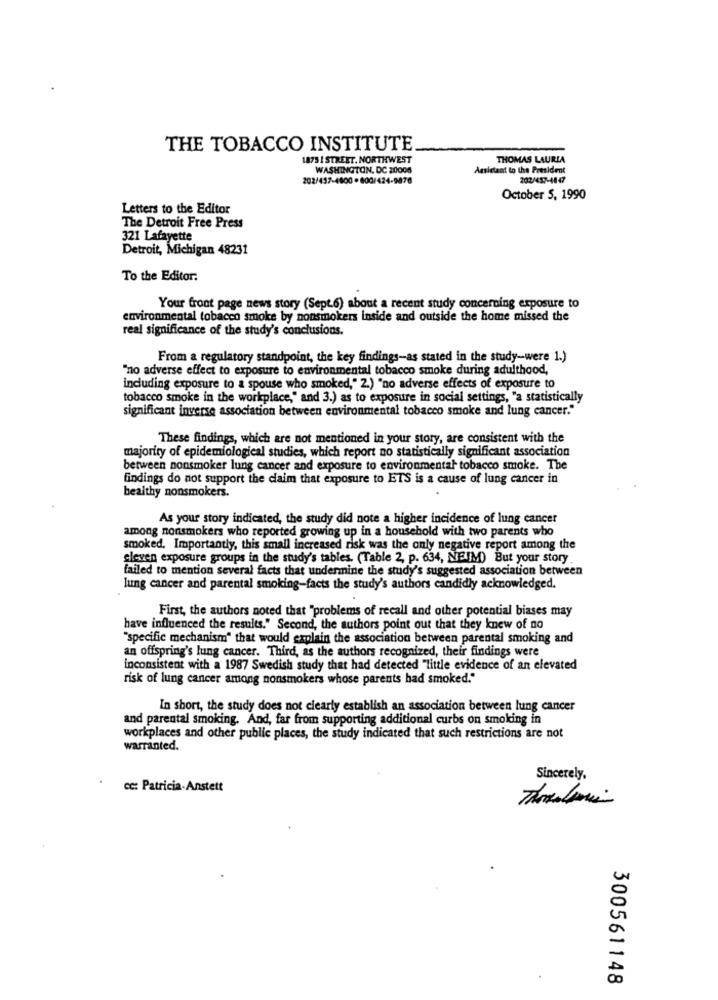
THE TOBACCO INSTITUTE
1873 1 STREET. NORTHWEST
THOMAS LAURIA
WASHINGTON, DC 20006
Amiciant to the President
202/437-4800-800/424-9876
202/457-4847
October S. 1990
Letters to the Editor
The Detroit Free Press
321 Lafayette
Detroit, Michigan 48231
To the Editor.
Your front page news story (Sept.6) about a recent study concerning exposure to
environmental tobacco smoke by nonsmokers inside and outside the home missed the
real significance of the study's conclusions.
From a regulatory standpoint, the key findings-as stated in the study-were 1.)
"no adverse effect to exposure to environmental tobacco smoke during adulthood,
including exposure to a spouse who smoked," 2.) "no adverse effects of exposure to
tobacco smoke in the workplace," and 3.) as to exposure in social settings, "a statistically
significant inverse association between environmental tobacco smoke and lung cancer."
These findings, which are not mentioned in your story, are consistent with the
majority of epidemiological studies, which report no statistically significant association
between nonsmoker lung cancer and exposure to environmental tobacco smoke. The
findings do not support the claim that exposure to ETS is a cause of lung cancer in
healthy nonsmokers.
As your story indicated, the study did note a higher incidence of lung cancer
among nonsmokers who reported growing up in a household with two parents who
smoked. Importantly, this small increased risk was the only negative report among the
cleven exposure groups in the study's tables. (Table 2, p. 634, NEIM) But your story
failed to mention several facts that undermine the study's suggested association between
lung cancer and parental smoking-facts the study's authors candidly acknowledged.
First, the authors noted that "problems of recall and other potential biases may
have influenced the results." Second, the authors point out that they knew of no
"specific mechanism" that would explain the association between parental smoking and
an offspring's lung cancer. Third, as the authors recognized, their findings were
inconsistent with a 1987 Swedish study that had detected "little evidence of an elevated
risk of lung cancer among nonsmokers whose parents had smoked."
In short, the study does not clearly establish an association between lung cancer
and parental smoking. And, far from supporting additional curbs on smoking in
workplaces and other public places, the study indicated that such restrictions are not
warranted.
Sincerely,
cc: Patricia.Anstett
300561148